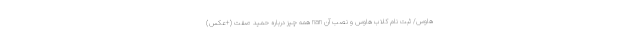
هاوس/ ثبت نام کلاب هاوس و نصب آن nan همه چیز درباره حمید صفت (+عکس)